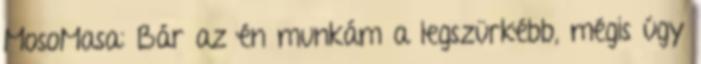
MosoMasa: Bár az én munkám a legszürkébb, mégis úgy